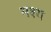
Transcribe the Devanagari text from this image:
मश्य